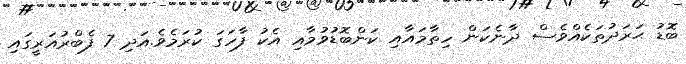
ބޮޑު ޙަރަދުތަކެއްވެސް ދާނެކަން ހިތާމައާއި ކަންބޮޑުވުމާއި އެކު ފާހަގަ ކުރަމެވެ.އަދި 7 ފެބްރުއަރީގައި